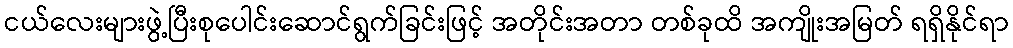
ငယ်လေးများဖွဲ့ပြီးစုပေါင်းဆောင်ရွက်ခြင်းဖြင့် အတိုင်းအတာ တစ်ခုထိ အကျိုးအမြတ် ရရှိနိုင်ရာ